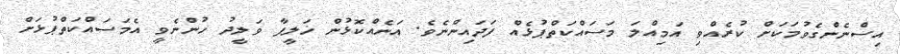
އިސްނެންގެވުމަކަށް ކުރެއްވި އަމިއްލަ މަސައްކަތްޕުޅެއް ފަދައިންނެވެ. އަނެއްކޮޅުން ޚަލީފާ ވަލީދު ހުންނެވީ އެމަސައްކަތްޕުޅަށް